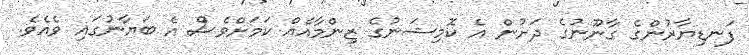
ފަނޑިޔާރުންގެ ގާނޫނުގެ ދަށުން އެ ކޮމިޝަނުގެ ޒިންމާއެއް ކަމަށްވެސް އެ ބަޔާނުގައި ވެއެވެ.